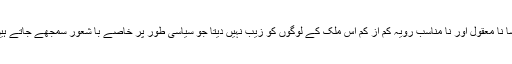
ایسا نا معقول اور نا مناسب رویہ کم از کم اس ملک کے لوگوں کو زیب نہیں دیتا جو سیاسی طور پر خاصے با شعور سمجھے جاتے ہیں۔